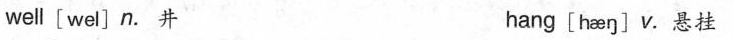
well[wel] n. 井 hang [heη] v.悬挂